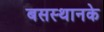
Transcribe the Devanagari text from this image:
बसस्थानके